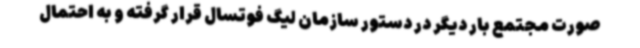
صورت مجتمع بار دیگر در دستور سازمان لیگ فوتسال قرار گرفته و به احتمال